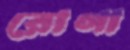
রোগা